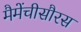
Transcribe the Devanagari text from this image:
मैमेंचीसौरस